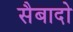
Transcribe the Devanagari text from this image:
सैबादो